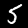
Digit: 5